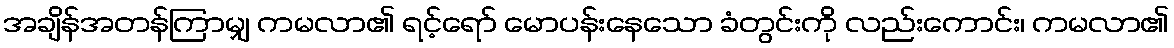
အချိန်အတန်ကြာမျှ ကမလာ၏ ရင့်ရော် မောပန်းနေသော ခံတွင်းကို လည်းကောင်း၊ ကမလာ၏